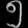
Digit: ၅